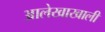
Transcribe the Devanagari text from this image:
आलेखाखाली